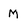
Character: M